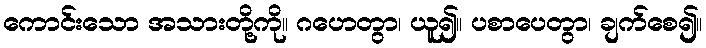
ကောင်းသော အသားတို့ကို။ ဂဟေတွာ၊ ယူ၍။ ပစာပေတွာ၊ ချက်စေ၍။